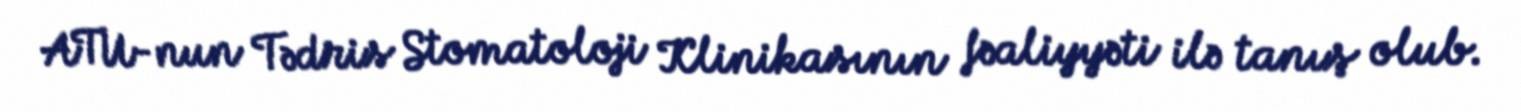
ATU-nun Tədris Stomatoloji Klinikasının fəaliyyəti ilə tanış olub.